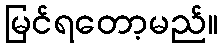
မြင်ရတော့မည်။